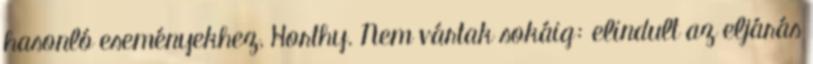
hasonló eseményekhez, Horthy. Nem vártak sokáig: elindult az eljárás